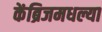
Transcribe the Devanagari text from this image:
केंब्रिजमधल्या